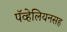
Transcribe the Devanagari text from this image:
पॅव्हेलियनसह